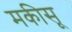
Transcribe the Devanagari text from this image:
मकीसू